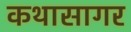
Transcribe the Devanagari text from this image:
कथासागर